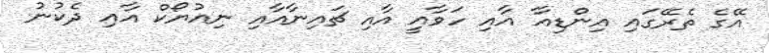
އޭގެ ތެރޭގައި އިންޑިއާ އާއި ހަވާއީ އާއި ޗައިނާއާއި ނިއުޔޯކް އާއި ދެކުނު